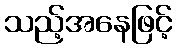
သည့်အနေဖြင့်